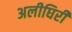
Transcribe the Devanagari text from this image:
अलीघिरी